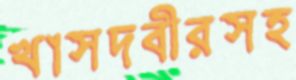
খাসদবীরসহ